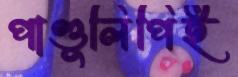
পাণ্ডুলিপিই